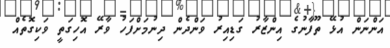
އަންނަން އުޅޭ ތޫފާނުގެ އިންޒާރު ގަޑިއިރު ވަންދެން ދިނުމަށްފަހު ވާރޭ އޮހިގަތީ ވަކިގޮތެއް